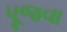
પૂજવા